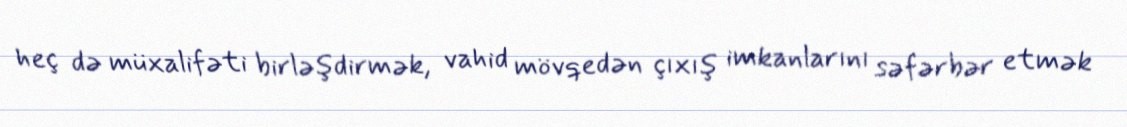
heç də müxalifəti birləşdirmək, vahid mövqedən çıxış imkanlarını səfərbər etmək